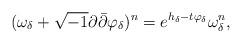
LaTeX: \begin{align*}(\omega_\delta+\sqrt{-1}\partial\bar\partial\varphi_\delta)^n=e^{h_\delta-t\varphi_\delta}\omega_\delta^n,\end{align*}